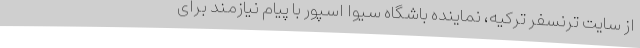
از سایت ترنسفر ترکیه، نماینده باشگاه سیوا اسپور با پیام نیازمند برای